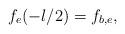
LaTeX: \begin{align*} f_e(-l/2) = f_{b,e}, \end{align*}